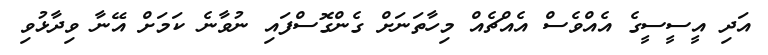
އަދި އީސީސީގެ އެއްވެސް އެއްޗެއް މިހާތަނަށް ގެންގޮސްފައި ނުވާނެ ކަމަށް އޭނާ ވިދާޅުވި